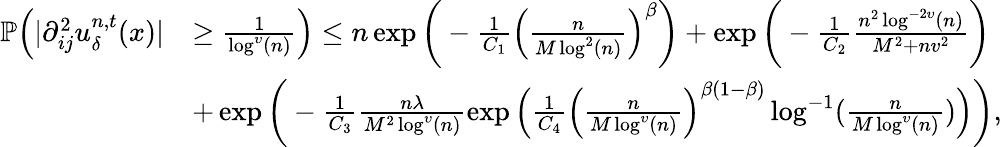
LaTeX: \begin{array}{rl}{\mathbb{P}\Big(\vert\partial_{ij}^{2}u_{\delta}^{n,t}(x)\vert}&{\geq\frac{1}{\log^{\upsilon}(n)}\Big)\leq n\exp\bigg(-\frac{1}{C_{1}}\Big(\frac{n}{M\log^{2}(n)}\Big)^{\beta}\bigg)+\exp\bigg(-\frac{1}{C_{2}}\frac{n^{2}\log^{-2\upsilon}(n)}{M^{2}+nv^{2}}\bigg)}\\ &{+\exp\bigg(-\frac{1}{C_{3}}\frac{n\lambda}{M^{2}\log^{\upsilon}(n)}\exp\Big(\frac{1}{C_{4}}\Big(\frac{n}{M\log^{\upsilon}(n)}\Big)^{\beta(1-\beta)}\log^{-1}(\frac{n}{M\log^{\upsilon}(n)})\Big)\bigg),}\end{array}